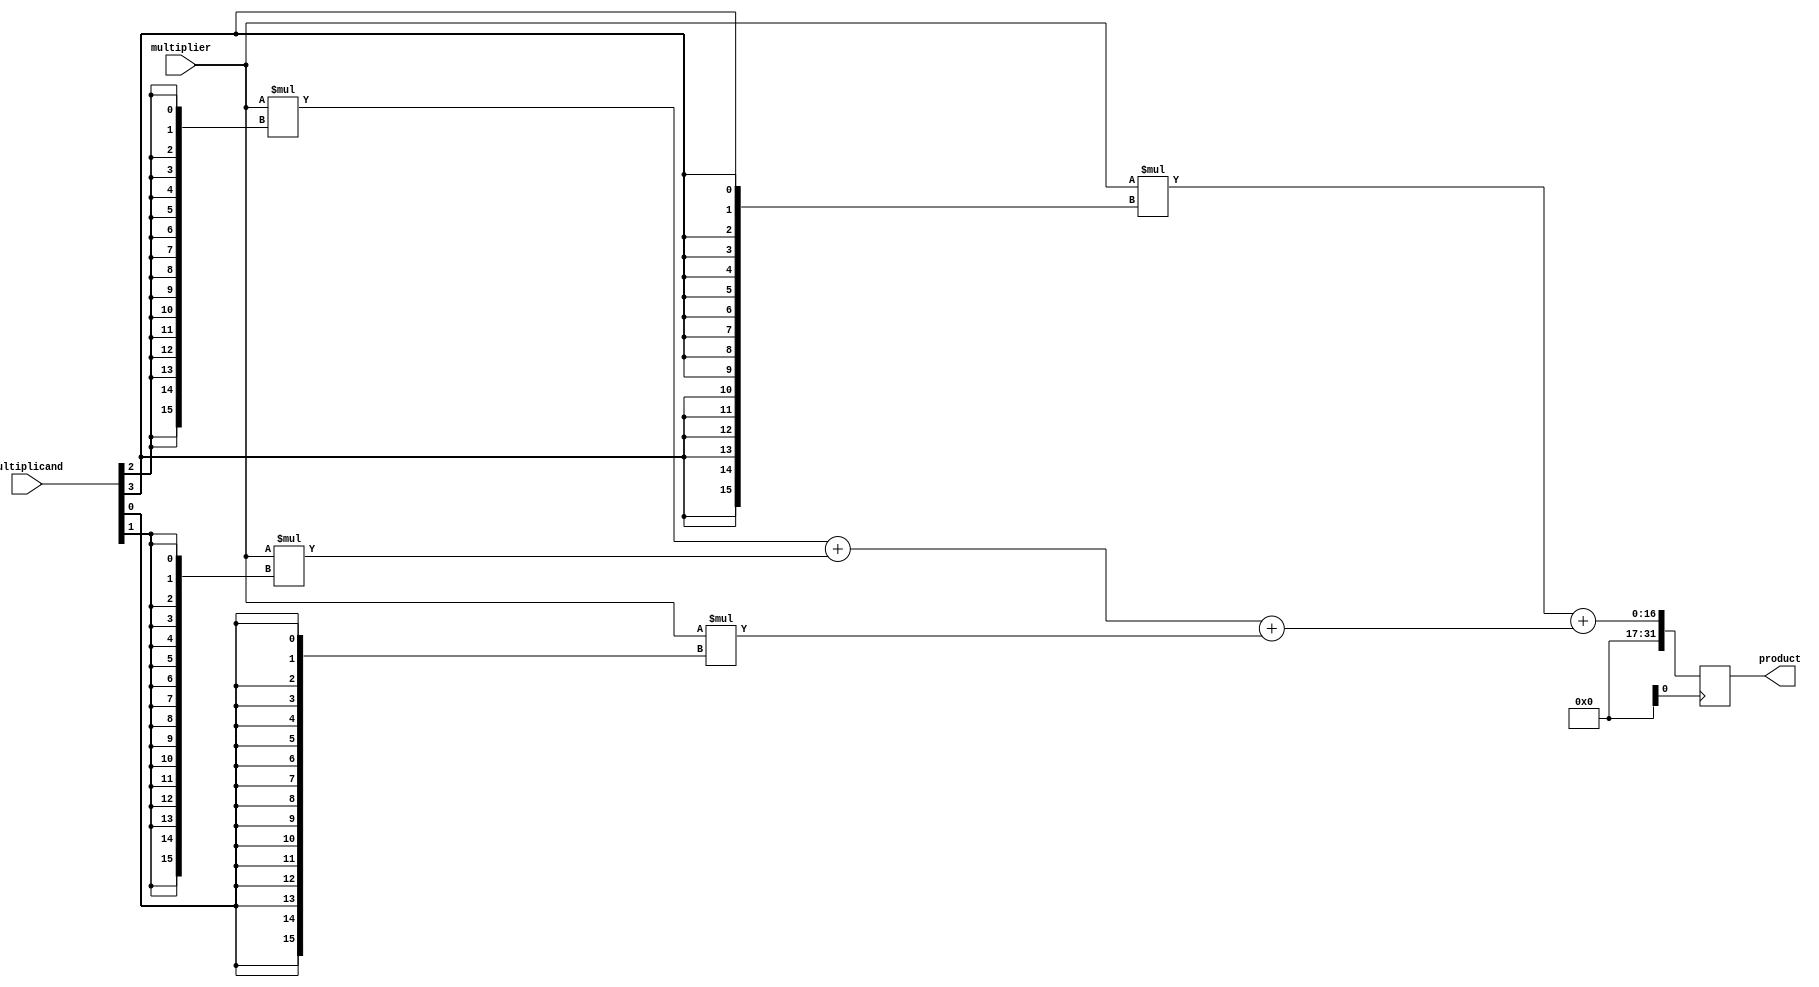
module dadda_multiplier (
    input wire [15:0] multiplier, // input multiplier
    input wire [15:0] multiplicand, // input multiplicand
    output reg [31:0] product // output product
);

// stage 1: generate partial products
wire [15:0] pp0 = multiplier * {16{multiplicand[0]}};
wire [15:0] pp1 = multiplier * {16{multiplicand[1]}};
wire [15:0] pp2 = multiplier * {16{multiplicand[2]}};
wire [15:0] pp3 = multiplier * {16{multiplicand[3]}};

// stage 2: add partial products
wire [31:0] sum0 = pp0;
wire [31:0] sum1 = pp1 + {16'd0, pp0[15:0]};
wire [31:0] sum2 = pp2 + {16'd0, pp1[15:0] + pp0[15:0]};
wire [31:0] sum3 = pp3 + {16'd0, pp2[15:0] + pp1[15:0] + pp0[15:0]};

// output final product
always @(posedge clk) begin
    product <= sum3;
end

endmodule